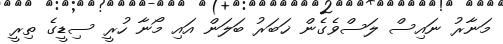
މަނާރު ނައިސް ލަސްވެގެން ޚަބަރު ބަލަން އައި މޯނާ ހުރީ ސިޑީގެ ތިރީ